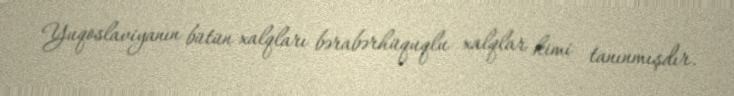
Yuqoslaviyanın bütün xalqları bərabərhüquqlu xalqlar kimi tanınmışdır.